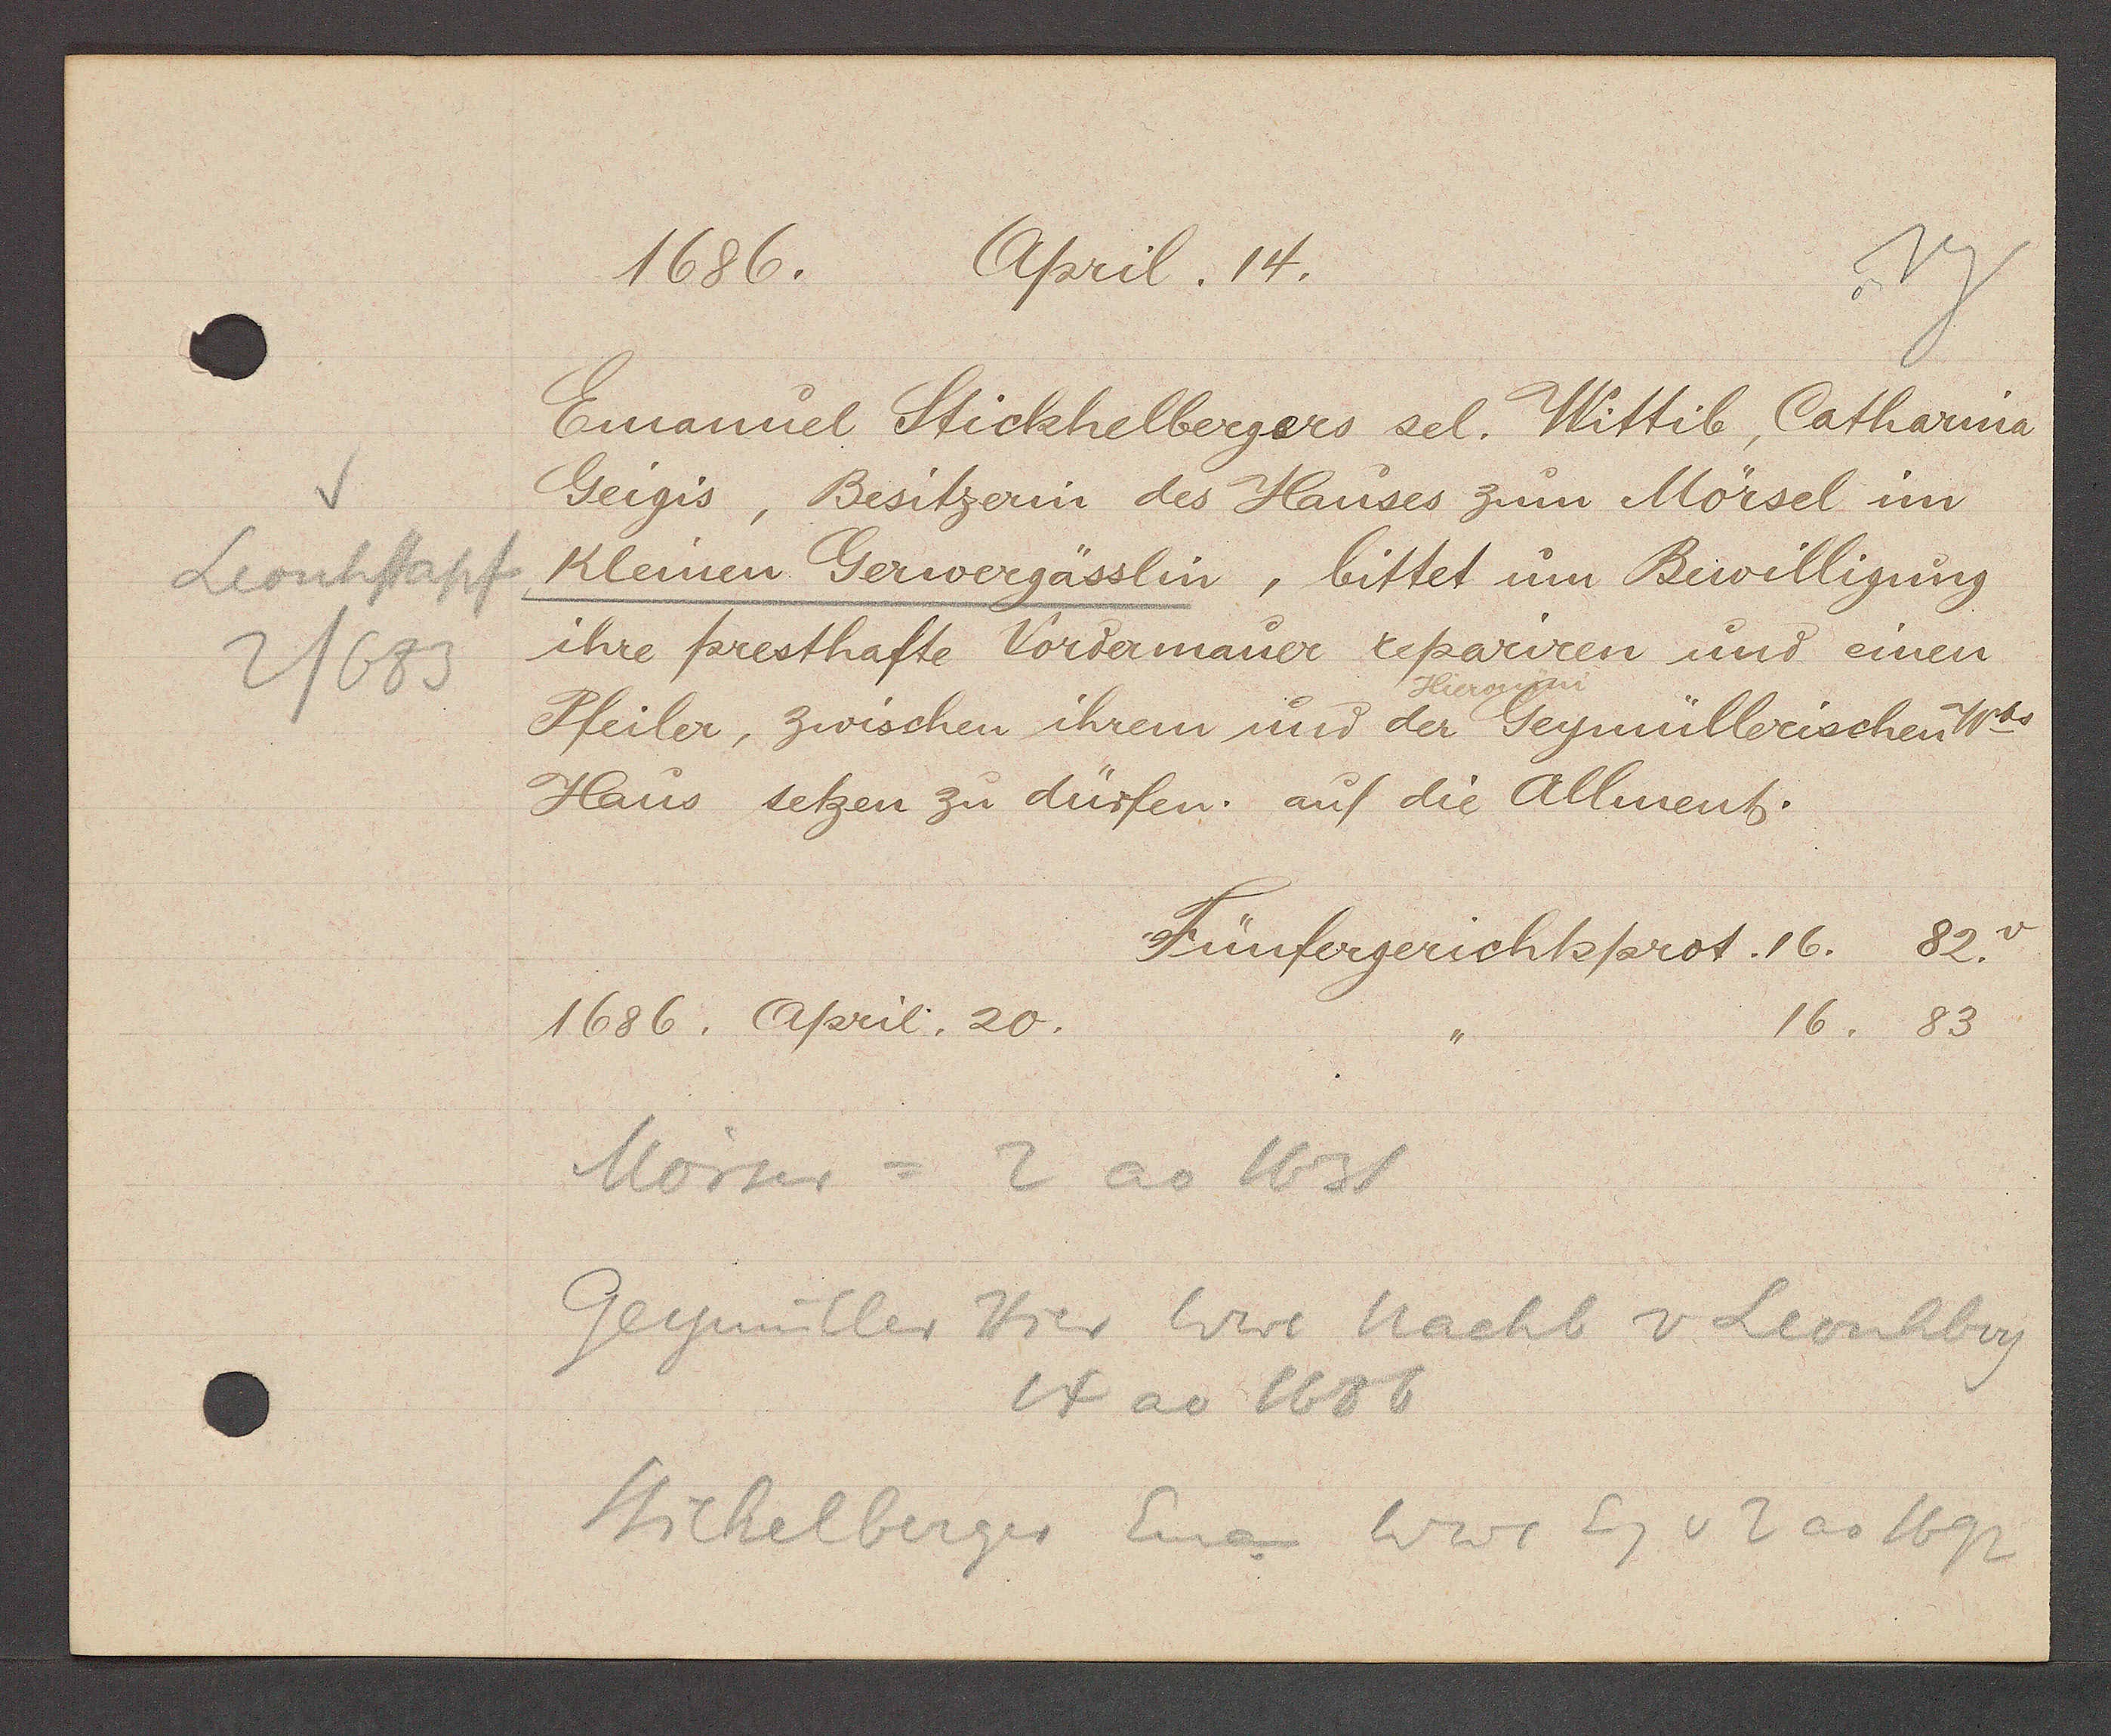
Transcript:
Leonhstapf
2/683

April 14.
1686.

Emanuel Stickhelbergers sel. Wittib, Catharina
Geigis, Besitzerin des Hauses zum Mörsel im
Kleinen Gerwergässlin, bittet um Bewilligung
ihre presthafte Vordermauer repariren und einen
Pfeiler, zwischen ihrem und der Geymüllerischen Ww
Haus setzen zu dürfen. auf die Allment.

Fünfergerichtsprot. 16.
82

1686, April. 20.
83
16.
Mörser = 2 ao 1631
Geymüller Hier Wwe nacht v Leonhberg
14 ao 1686
Sickelberger Eman Wwe Eg v 2 ao 1692